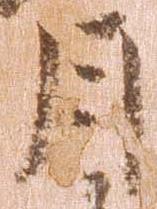
月